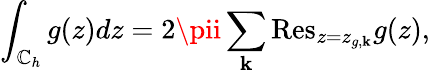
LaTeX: \int_{\mathbb{C}_{h}}{g(z)dz}=2\pii\sum_{\mathbf{k}}{\mathrm{{Res}}}_{z=z_{g,\mathbf{k}}}g(z),